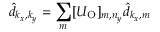
\hat { d } _ { k _ { x } , k _ { y } } = \sum _ { m } [ U _ { \mathrm { O } } ] _ { m , n _ { y } } \hat { d } _ { k _ { x } , m }